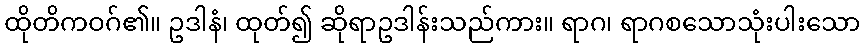
ထိုတိကဝဂ်၏။ ဥဒါနံ၊ ထုတ်၍ ဆိုရာဥဒါန်းသည်ကား။ ရာဂ၊ ရာဂစသောသုံးပါးသော